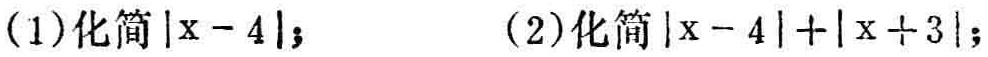
(1)化简\(\vert x - 4\vert\)；  (2)化简\(\vert x - 4\vert+\vert x + 3\vert\)；